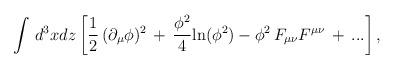
LaTeX: \begin{align*}\int \, d^3x dz \left [ {1 \over 2}\, (\partial_{\mu}\phi)^2 \, + \, {\phi^2 \over 4}{\rm ln}(\phi^2) -\phi^2 \, F_{\mu\nu}F^{\mu\nu} \, + \, ... \right ],\end{align*}